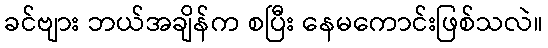
ခင်ဗျား ဘယ်အချိန်က စပြီး နေမကောင်းဖြစ်သလဲ။